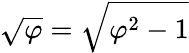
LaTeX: {\sqrt{\varphi}}={\sqrt{\varphi^{2}-1}}